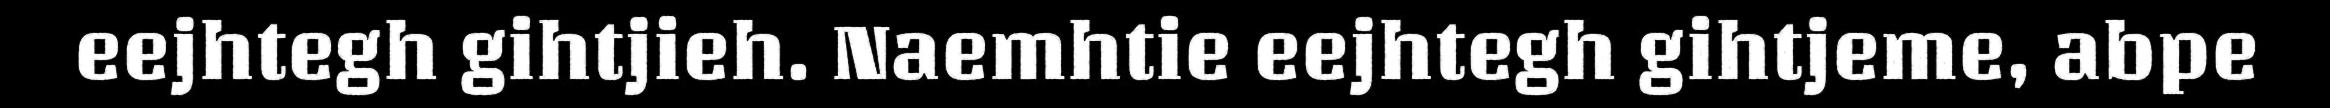
eejhtegh gihtjieh. Naemhtie eejhtegh gihtjeme, abpe